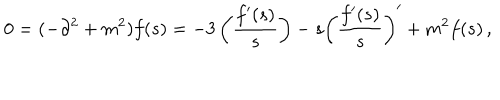
0 = ( - \partial ^ { 2 } + m ^ { 2 } ) f ( s ) = - 3 \left( \frac { f ^ { \prime } ( s ) } { s } \right) - s \left( \frac { f ^ { \prime } ( s ) } { s } \right) ^ { \prime } + m ^ { 2 } f ( s ) \, ,